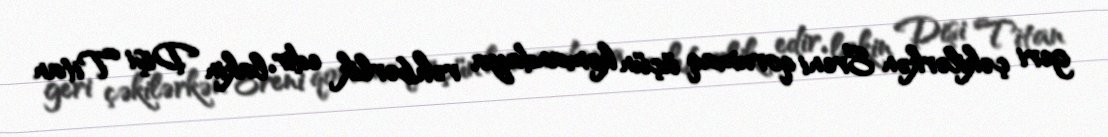
geri çəkilərkən Ereni qorumaq üçün komandaya rəhbərlik edir, lakin Dişi Titan